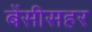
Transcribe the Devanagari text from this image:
बेंसीसहर